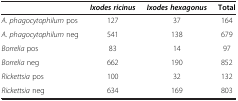
|  | Ixodes ricinus | Ixodes hexagonus | Total |
 | --- | --- | --- | --- |
 | A. phagocytophilum pos | 127 | 37 | 164 |
 | A. phagocytophilum neg | 541 | 138 | 679 |
 | Borrelia pos | 83 | 14 | 97 |
 | Borrelia neg | 662 | 190 | 852 |
 | Rickettsia pos | 100 | 32 | 132 |
 | Rickettsia neg | 634 | 169 | 803 |